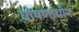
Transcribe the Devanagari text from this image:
घोषणाधीन